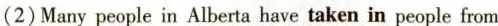
(2)Many people in Alberta have taken in people from